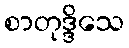
စာတုဒ္ဒိသေ